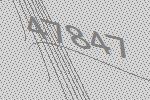
47847